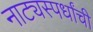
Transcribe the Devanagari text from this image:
नाट्यस्पर्धांची